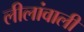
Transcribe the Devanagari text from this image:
लीलांवाली